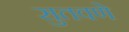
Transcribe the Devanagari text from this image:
सुतवणे